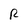
Character: R